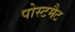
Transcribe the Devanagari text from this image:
पोस्टमैट